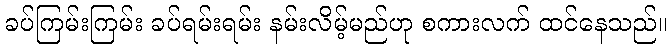
ခပ်ကြမ်းကြမ်း ခပ်ရမ်းရမ်း နမ်းလိမ့်မည်ဟု စကားလက် ထင်နေသည်။